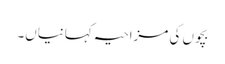
بچوں کی مزاحیہ کہانیاں۔